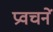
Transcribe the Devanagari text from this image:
प्रवचनें